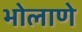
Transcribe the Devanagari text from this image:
भोलाणे